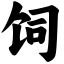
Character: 饲